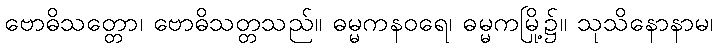
ဗောဓိသတ္တော၊ ဗောဓိသတ္တသည်။ ဓမ္မကနဝရေ၊ ဓမ္မကမြို့၌။ သုသိနောနာမ၊